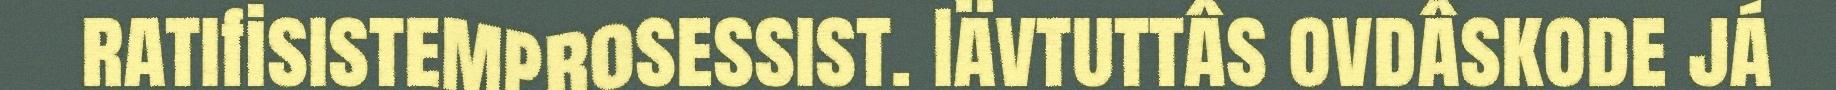
ratifisistemprosessist. Iävtuttâs ovdâskode já